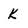
Character: k